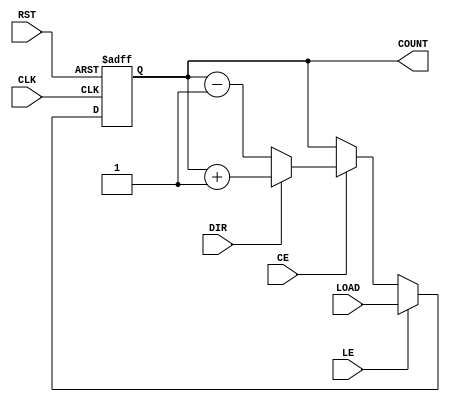
module LoadableCounter #(
    parameter N = 8  // Define the width of the counter (N bits)
)(
    input wire CLK,           // Clock signal
    input wire RST,           // Reset signal
    input wire LE,            // Load Enable
    input wire CE,            // Count Enable
    input wire DIR,           // Count Direction (1 for up, 0 for down)
    input wire [N-1:0] LOAD,  // Load data input
    output reg [N-1:0] COUNT  // Current count output
);

    // Predefined reset value, can be changed as needed
    localparam [N-1:0] RESET_VALUE = {N{1'b0}}; // Initial value is zero

    always @(posedge CLK or posedge RST) begin
        if (RST) begin
            COUNT <= RESET_VALUE; // Reset count to predefined value
        end else if (LE) begin
            COUNT <= LOAD; // Load value from LOAD register 
        end else if (CE) begin
            if (DIR) begin
                // Count Up
                COUNT <= COUNT + 1;
            end else begin
                // Count Down
                COUNT <= COUNT - 1;
            end
        end
    end

endmodule